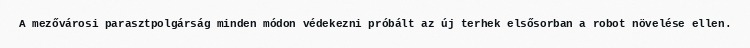
A mezővárosi parasztpolgárság minden módon védekezni próbált az új terhek elsősorban a robot növelése ellen.